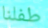
طفلنا